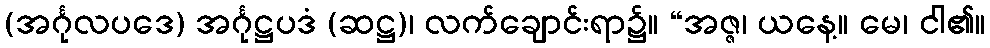
(အင်္ဂုလပဒေ) အင်္ဂုဋ္ဌပဒံ (ဆဋ္ဌ)၊ လက်ချောင်းရာ၌။ “အဇ္ဇ၊ ယနေ့။ မေ၊ ငါ၏။